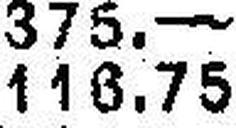
116.75